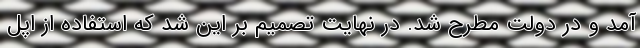
آمد و در دولت مطرح شد. در نهایت تصمیم بر این شد که استفاده از اپل